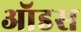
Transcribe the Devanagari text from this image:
ऑडस